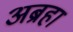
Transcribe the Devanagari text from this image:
अब्रहा